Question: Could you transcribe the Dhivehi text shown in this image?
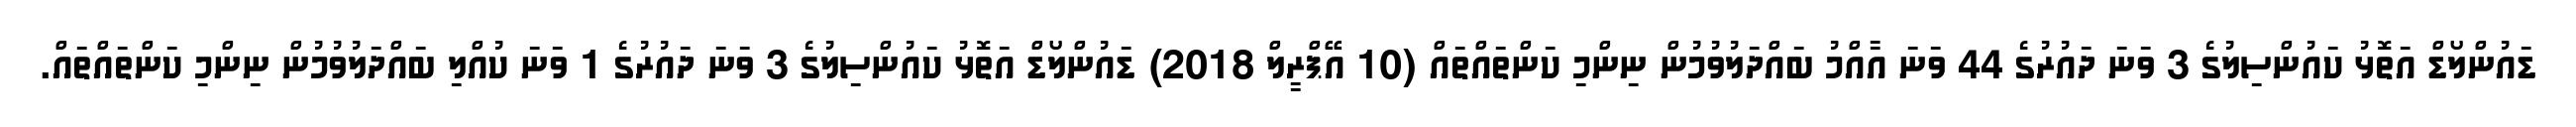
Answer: ޑައުންލޯޑް އަތޮޅު ކައުންސިލުގެ 3 ވަނަ ދައުރުގެ 44 ވަނަ އާއްމު ބައްދަލުވުމުން ނިންމި ކަންތައްތައް (10 އޭޕްރީލް 2018) ޑައުންލޯޑް އަތޮޅު ކައުންސިލުގެ 3 ވަނަ ދައުރުގެ 1 ވަނަ ކުއްލި ބައްދަލުވުމުން ނިންމި ކަންތައްތައް.